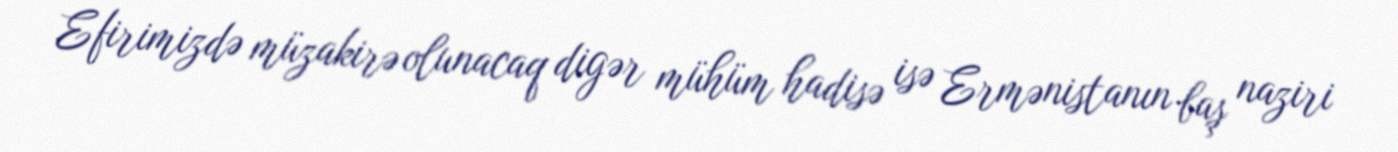
Efirimizdə müzakirə olunacaq digər mühüm hadisə isə Ermənistanın baş naziri